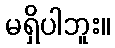
မရှိပါဘူး။